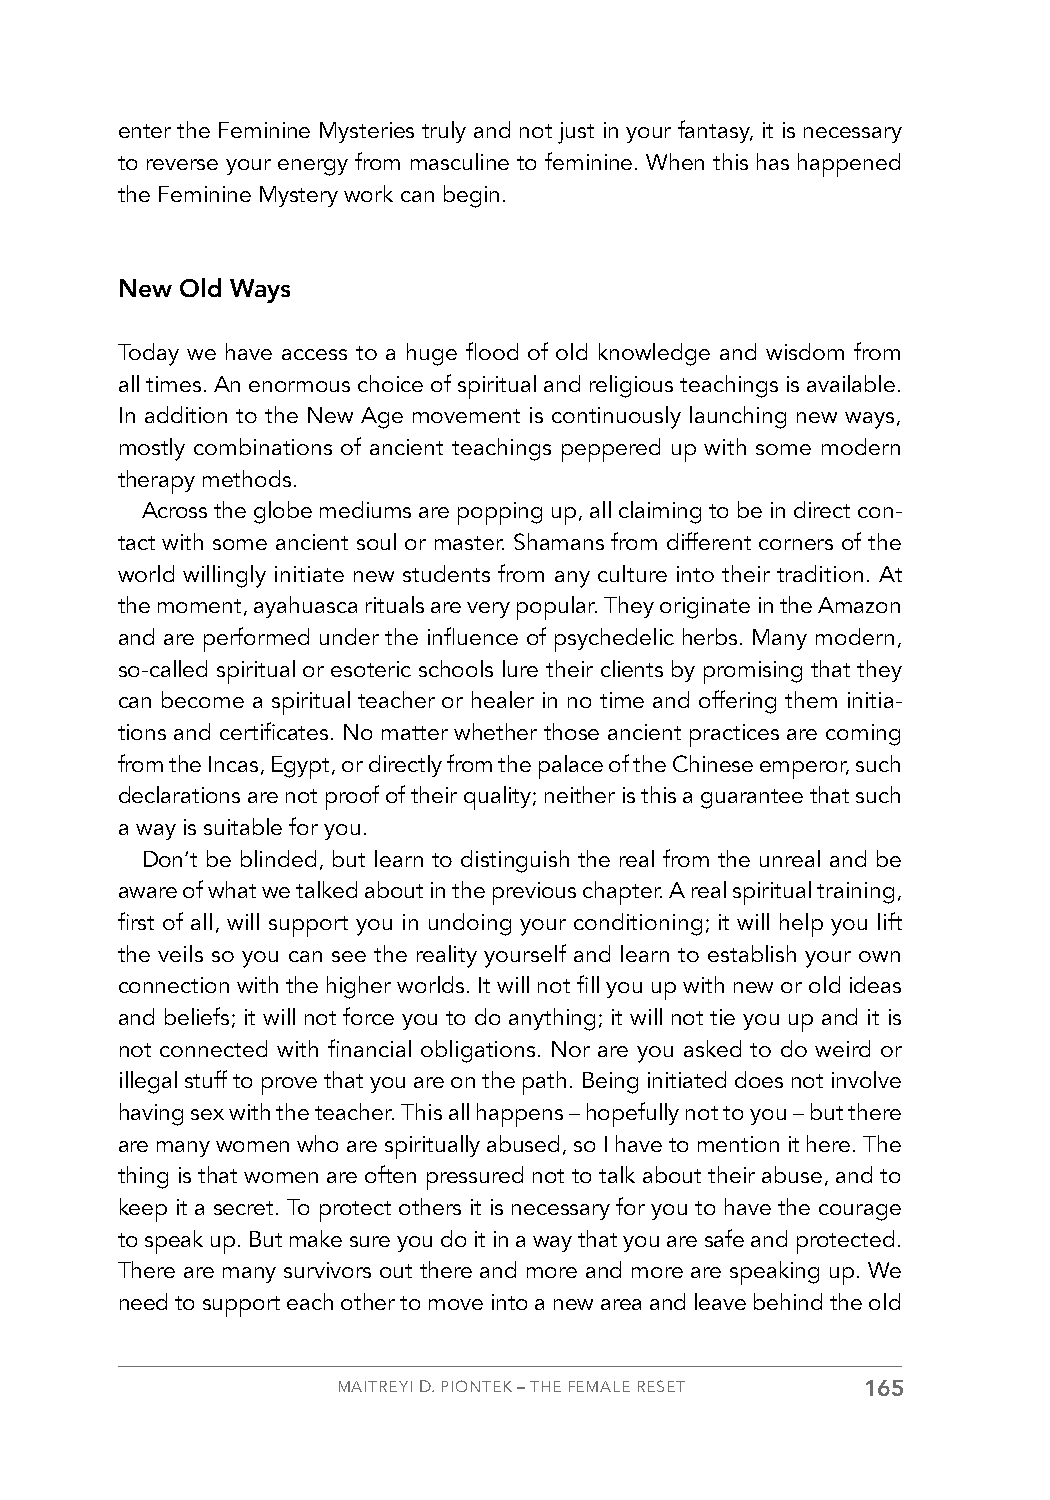
enter the Feminine Mysteries truly and not just in your fantasy, it is necessary
 to reverse your energy from masculine to feminine. When this has happened
 the Feminine Mystery work can begin.
 New Old Ways
 Today we have access to a huge flood of old knowledge and wisdom from
 all times. An enormous choice of spiritual and religious teachings is available.
 In addition to the New Age movement is continuously launching new ways,
 mostly combinations of ancient teachings peppered up with some modern
 therapy methods.
 Across the globe mediums are popping up, all claiming to be in direct con-
 tact with some ancient soul or master. Shamans from different corners of the
 world willingly initiate new students from any culture into their tradition. At
 the moment, ayahuasca rituals are very popular. They originate in the Amazon
 and are performed under the influence of psychedelic herbs. Many modern,
 so-called spiritual or esoteric schools lure their clients by promising that they
 can become a spiritual teacher or healer in no time and offering them initia-
 tions and certificates. No matter whether those ancient practices are coming
 from the Incas, Egypt, or directly from the palace of the Chinese emperor, such
 declarations are not proof of their quality; neither is this a guarantee that such
 a way is suitable for you.
 Don’t be blinded, but learn to distinguish the real from the unreal and be
 aware of what we talked about in the previous chapter. A real spiritual training,
 first of all, will support you in undoing your conditioning; it will help you lift
 the veils so you can see the reality yourself and learn to establish your own
 connection with the higher worlds. It will not fill you up with new or old ideas
 and beliefs; it will not force you to do anything; it will not tie you up and it is
 not connected with financial obligations. Nor are you asked to do weird or
 illegal stuff to prove that you are on the path. Being initiated does not involve
 having sex with the teacher. This all happens – hopefully not to you – but there
 are many women who are spiritually abused, so I have to mention it here. The
 thing is that women are often pressured not to talk about their abuse, and to
 keep it a secret. To protect others it is necessary for you to have the courage
 to speak up. But make sure you do it in a way that you are safe and protected.
 There are many survivors out there and more and more are speaking up. We
 need to support each other to move into a new area and leave behind the old
 MAITREYI D. PIONTEK – THE FEMALE RESET 165